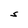
Character: S